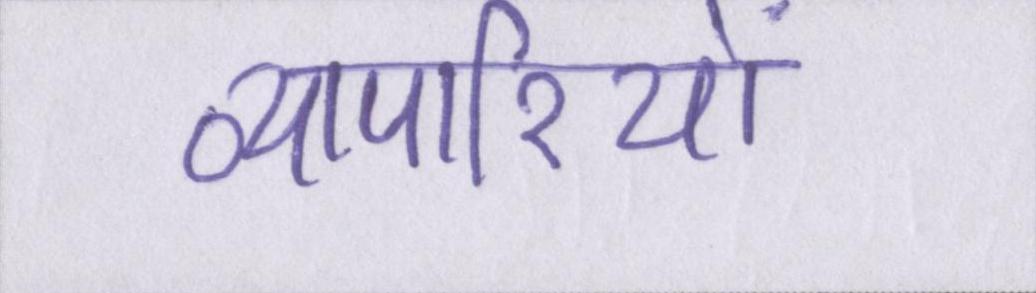
व्यापारियों